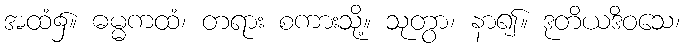
အထံ၌။ ဓမ္မကထံ၊ တရား စကားသို့။ သုတွာ၊ နာ၍။ ဒုတိယဒိဝသေ၊